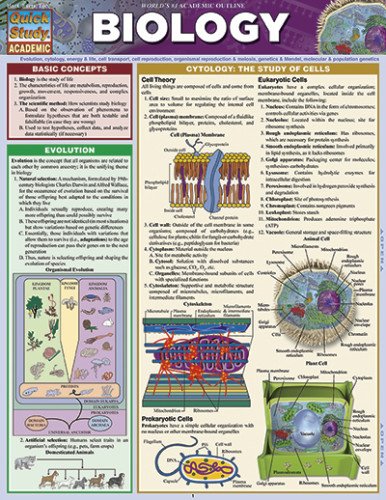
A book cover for Biology (Quick Study: Academic); Inc. BarCharts; Medical Books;